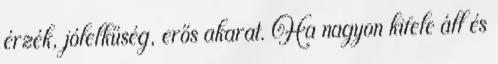
érzék, jólelkűség, erős akarat. Ha nagyon kifele áll és